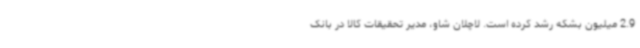
2.9 میلیون بشکه رشد کرده است. لاچلان شاو، مدیر تحقیقات کالا در بانک